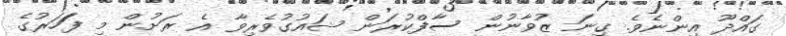
ގައްދޫ އިންނެވެ. ގިނަ ޒުވާނުން ސާފްކުރަން ޝައުގުވެެރިވާ އެ ރަށުން މި ފަަހަރުގެ